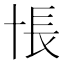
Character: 𰅸